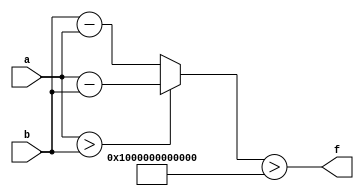
module wce_mit(a, b, f);
parameter _bit = 129;
parameter wce = 281474976710656;
input [_bit - 1: 0] a;
input [_bit - 1: 0] b;
output f;
wire [_bit - 1: 0] diff;
assign diff = (a > b)? (a - b): (b - a);
assign f = (diff > wce);
endmodule